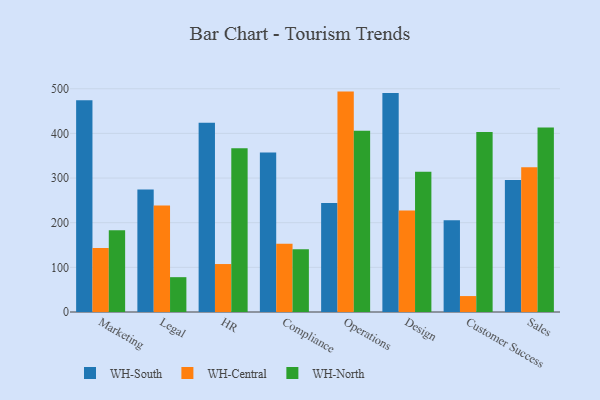
{"axis": {"x": "Department", "y": "Satisfaction Score"}, "legend": ["WH-Central", "WH-North", "WH-South"], "data": [{"x": "Marketing", "y": 474.2, "type": "WH-South"}, {"x": "Marketing", "y": 143.1, "type": "WH-Central"}, {"x": "Marketing", "y": 183.2, "type": "WH-North"}, {"x": "Legal", "y": 274.6, "type": "WH-South"}, {"x": "Legal", "y": 238.7, "type": "WH-Central"}, {"x": "Legal", "y": 78.0, "type": "WH-North"}, {"x": "HR", "y": 424.1, "type": "WH-South"}, {"x": "HR", "y": 107.4, "type": "WH-Central"}, {"x": "HR", "y": 366.6, "type": "WH-North"}, {"x": "Compliance", "y": 357.2, "type": "WH-South"}, {"x": "Compliance", "y": 153.1, "type": "WH-Central"}, {"x": "Compliance", "y": 140.4, "type": "WH-North"}, {"x": "Operations", "y": 244.1, "type": "WH-South"}, {"x": "Operations", "y": 493.6, "type": "WH-Central"}, {"x": "Operations", "y": 405.7, "type": "WH-North"}, {"x": "Design", "y": 490.3, "type": "WH-South"}, {"x": "Design", "y": 227.1, "type": "WH-Central"}, {"x": "Design", "y": 314.1, "type": "WH-North"}, {"x": "Customer Success", "y": 205.4, "type": "WH-South"}, {"x": "Customer Success", "y": 35.7, "type": "WH-Central"}, {"x": "Customer Success", "y": 402.9, "type": "WH-North"}, {"x": "Sales", "y": 295.4, "type": "WH-South"}, {"x": "Sales", "y": 324.1, "type": "WH-Central"}, {"x": "Sales", "y": 413.1, "type": "WH-North"}]}